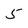
Character: 5